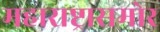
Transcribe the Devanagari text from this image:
महाराष्ट्रासमोर